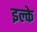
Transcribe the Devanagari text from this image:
इल्के